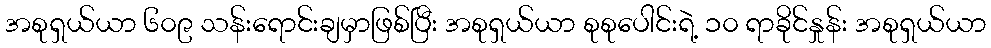
အစုရှယ်ယာ ၆၀၉ သန်းရောင်းချမှာဖြစ်ပြီး အစုရှယ်ယာ စုစုပေါင်းရဲ့ ၁၀ ရာခိုင်နှုန်း အစုရှယ်ယာ